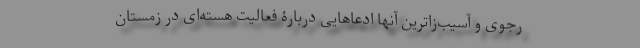
رجوی و آسیب‌زا‌ترین آنها ادعاهایی دربارۀ فعالیت هسته‌ای در زمستان